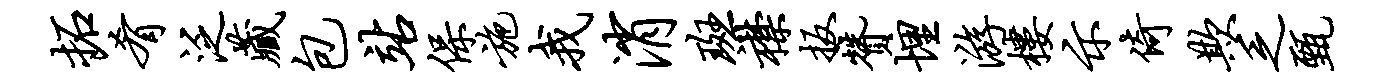
拓肴泛藏包站保施我消斑襟扳赞埋游楼示倚欺乏甄